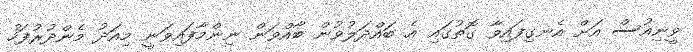
ވީނިއުސް އަށް އެނގިފައިވާ ގޮތުގައި އެ ބައްދަލުވުން ބާއްވަން ނިންމާފައިވަނީ މިއަދު މެންދުރުފަހު